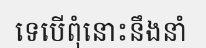
ទេបើពុំនោះនឹងនាំ